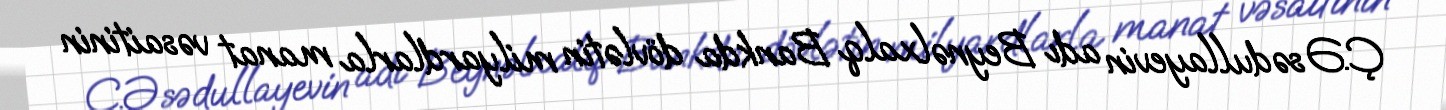
Ç.Əsədullayevin adı Beynəlxalq Bankda dövlətin milyardlarla manat vəsaitinin